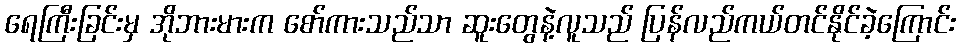
ရေကြီးခြင်းမှ အိုဘားမားက စော်ကားသည်သာ ဆူးတွေနဲ့လူသည် ပြန်လည်ကယ်တင်နိုင်ခဲ့ကြောင်း